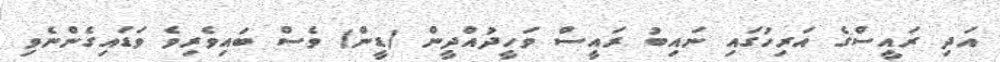
އަދި ރައީސްގެ އަރިހުގައި ނައިބު ރައީސް ވަހީދުއްދީން (ޑީން) ވެސް ބައިވެރިވެ ވަޑައިގެންނެވި